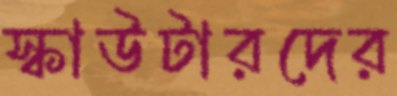
স্কাউটারদের